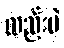
လည်းပဲ